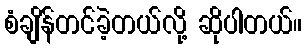
စံချိန်တင်ခဲ့တယ်လို့ ဆိုပါတယ်။